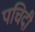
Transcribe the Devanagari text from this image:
पचिदी